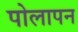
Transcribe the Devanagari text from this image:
पोलापन